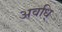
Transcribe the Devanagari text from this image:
अवधि्